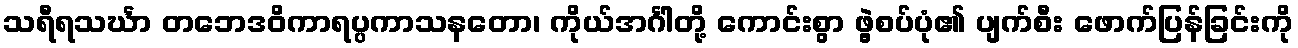
သရီရသင်္ဃာ တဘေဒဝိကာရပ္ပကာသနတော၊ ကိုယ်အင်္ဂါတို့ ကောင်းစွာ ဖွဲ့စပ်ပုံ၏ ပျက်စီး ဖောက်ပြန်ခြင်းကို